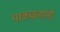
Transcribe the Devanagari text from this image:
पाकळ्यांनी